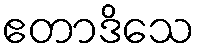
ဧတာဒိသေ